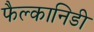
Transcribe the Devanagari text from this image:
फैल्कानिडी